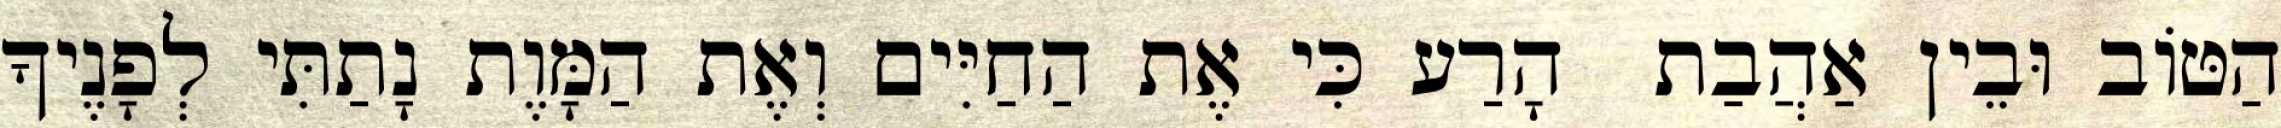
הַטּוֹב וּבֵין אַהֲבַת  הָרַע כִּי אֶת הַחַיִּים וְאֶת הַמָּוֶת נָתַתִּי לְפָנֶיךָ